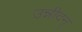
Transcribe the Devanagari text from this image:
उन्नीदन्